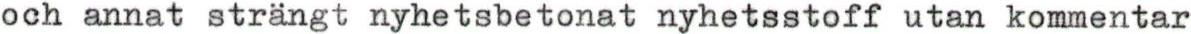
och annat strängt nyhetsbetonat nyhetsstoff utan kommentar